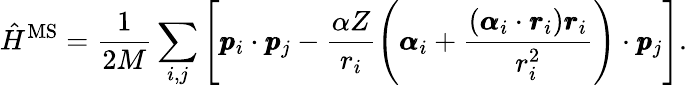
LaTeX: \hat{H}^{\textrm{MS}}=\frac{1}{2M}\sum_{i,j}\left[\pmb{p}_{i}\cdot\pmb{p}_{j}-\frac{\alpha Z}{r_{i}}\left(\pmb{\alpha}_{i}+\frac{(\pmb{\alpha}_{i}\cdot\pmb{r}_{i})\pmb{r}_{i}}{r_{i}^{2}}\right)\cdot\pmb{p}_{j}\right].